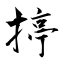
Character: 揨